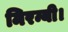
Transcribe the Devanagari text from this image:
मिरन्यी।